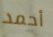
أحمد